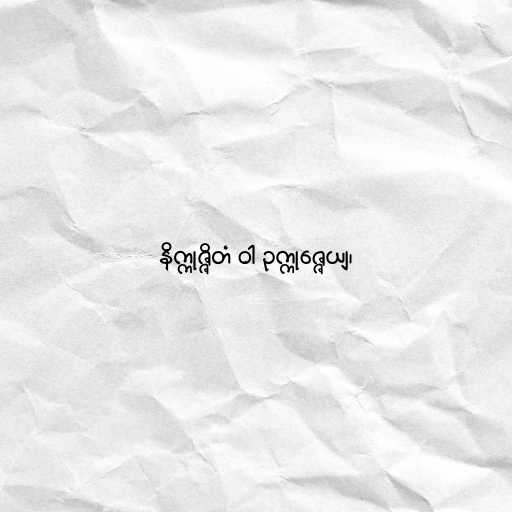
နိက္ကုဇ္ဇိတံ ဝါ ဥက္ကုဇ္ဇေယျ၊